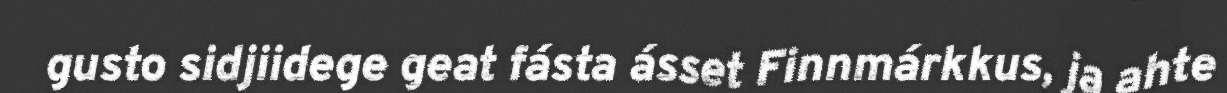
gusto sidjiidege geat fásta ásset Finnmárkkus, ja ahte